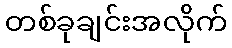
တစ်ခုချင်းအလိုက်